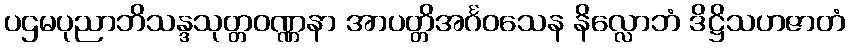
ပဌမပုညာဘိသန္ဒသုတ္တဝဏ္ဏနာ အာပတ္တိအင်္ဂဝသေန နိလ္လောဘံ ဒိဋ္ဌိသဟဇာတံ